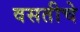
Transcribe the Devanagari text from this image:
वसतीचे